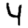
Digit: 4